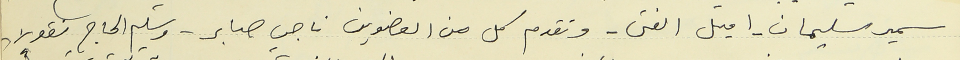
سمير سليمان - اميل الفتى - وتقدم كل من العضوين ناجي صابر – وسليم الحاج نقولا-